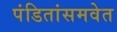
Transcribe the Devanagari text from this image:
पंडितांसमवेत